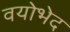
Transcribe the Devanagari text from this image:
वयोभेद